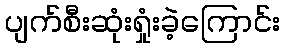
ပျက်စီးဆုံးရှုံးခဲ့ကြောင်း